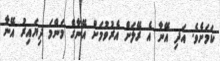
ކަމަށެވެ. އަދި އޭނާ އެ ރޭލަށް އެރުވުމަށް އޭނާގެ މަންމަ ދިޔައިރު އޭނާ